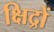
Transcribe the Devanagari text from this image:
क्षिद्रों